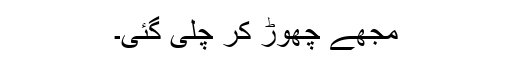
مجھے چھوڑ کر چلی گئی۔